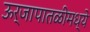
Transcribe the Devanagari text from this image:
ऊर्जापातळीमध्ये